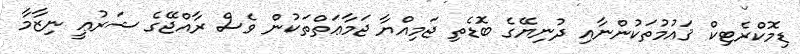
ޑިމޮކްރެޓިކް ޤައުމުތަކުންނާއި ދުނިޔޭގެ ބޮޑެތި ޖަމިއްޔާ ޖަމާޢަތްތަކުން ވެސް ރާއްޖޭގެ ޝަރުޢީ ނިޒާމާ